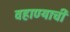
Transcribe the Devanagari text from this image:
वहाण्याची